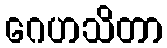
ဂေဟသိတာ